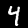
Label: 4